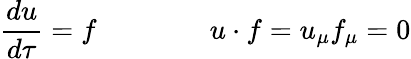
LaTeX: \frac{du}{d\tau}=f\qquad\qquad u\cdot f=u_{\mu}f_{\mu}=0